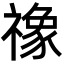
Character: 𮂚